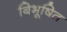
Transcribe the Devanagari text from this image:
बिभूषित